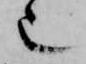
也